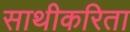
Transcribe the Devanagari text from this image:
साथीकरिता